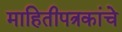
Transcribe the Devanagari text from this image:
माहितीपत्रकांचे